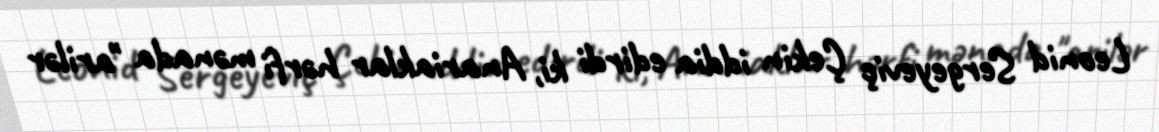
Leonid Sergeyeviç Çekin iddia edirdi ki, Anariaklar hərfi mənada "arilər